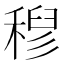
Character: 𮃗